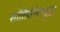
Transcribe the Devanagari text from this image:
शांतिसेनेतसुद्धा